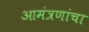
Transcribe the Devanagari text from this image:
आमंत्रणांचा